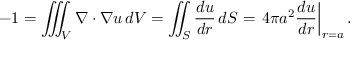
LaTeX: - 1 = \iiint _ { V } \nabla \cdot \nabla u \, d V = \iint _ { S } { \frac { d u } { d r } } \, d S = \left. 4 \pi a ^ { 2 } { \frac { d u } { d r } } \right| _ { r = a } .